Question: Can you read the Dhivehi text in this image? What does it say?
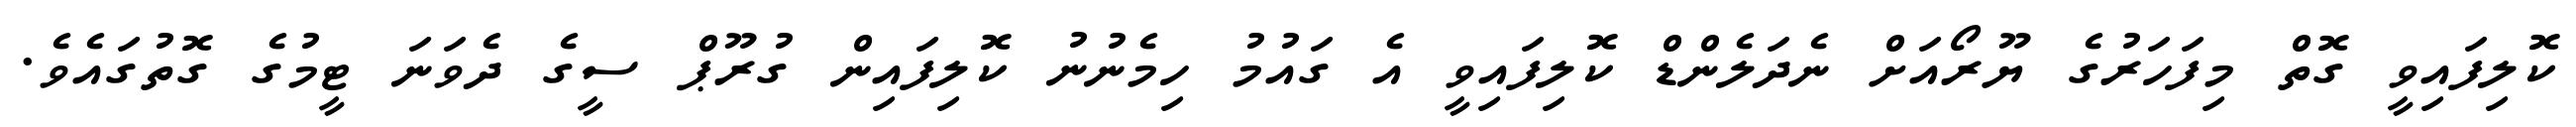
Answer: ކޮލިފައިވީ ގޮތް މިފަހަރުގެ ޔޫރޯއަށް ނެދަލެންޑް ކޮލިފައިވީ އެ ގައުމު ހިމެނުނު ކޮލިފައިން ގުރޫޕް ސީގެ ދެވަނަ ޓީމުގެ ގޮތުގައެވެ.